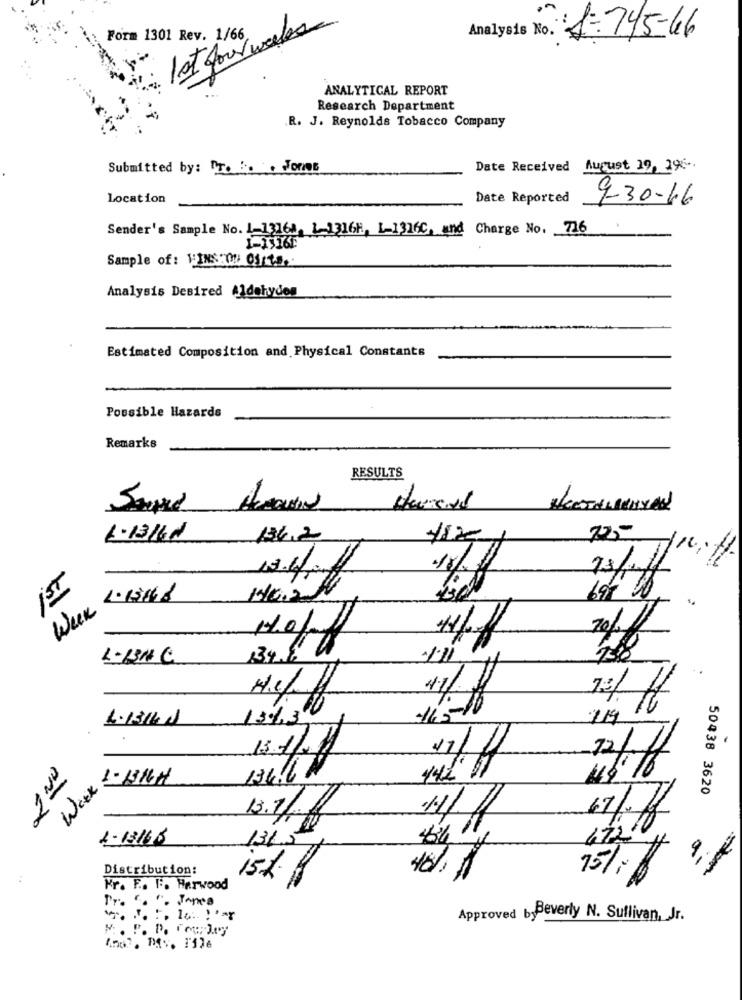
1st four weeks
Form 1301 Rev. 1/66,
Analysts No. 1-745-66
ANALYTICAL REPORT
Research Department
R. J. Reynolds Tobacco Company
Submitted by: . :. . Forms
Date Received August 19, 29.
Location
Date Reported
9-30-66
Sender's Sample No. 1-13168, 1-1316H, L-1316C. and Charge No. 716
Sample of: VINS 0: 01/10.
Analysis Desired A1dohydes
-
Estimated Composition and Physical Constants
Possible Hazards
Remarks
RESULTS
6.13161
134.2
22-
110.11.
13/11/
Week
L-131 C
134.64
111
750
13/ 16
4.1314 d
13%3
16-10
214
13.11.$
11/4
12/
LUNCH
134.60
Week
50438 3620
13.11g
1/1
17/ f
1-13/66
472
131.5
Distribution:
ist. A
75%, $
ai
:
Pr. F. F. Harwood
Pr. ". ". Jones
Approved byBeverly N. Sullivan, Jr.